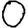
Digit: 0